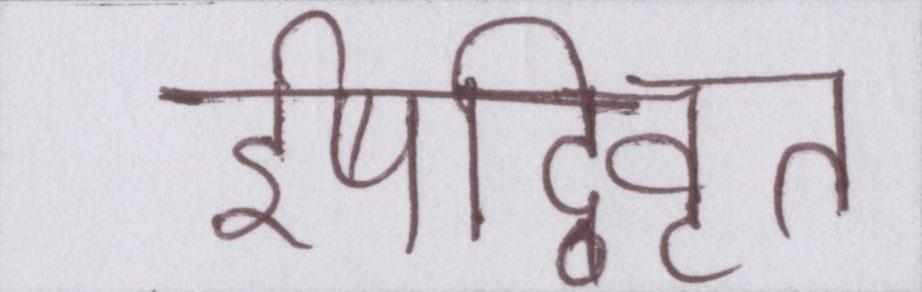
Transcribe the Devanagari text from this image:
ईषद्विवृत